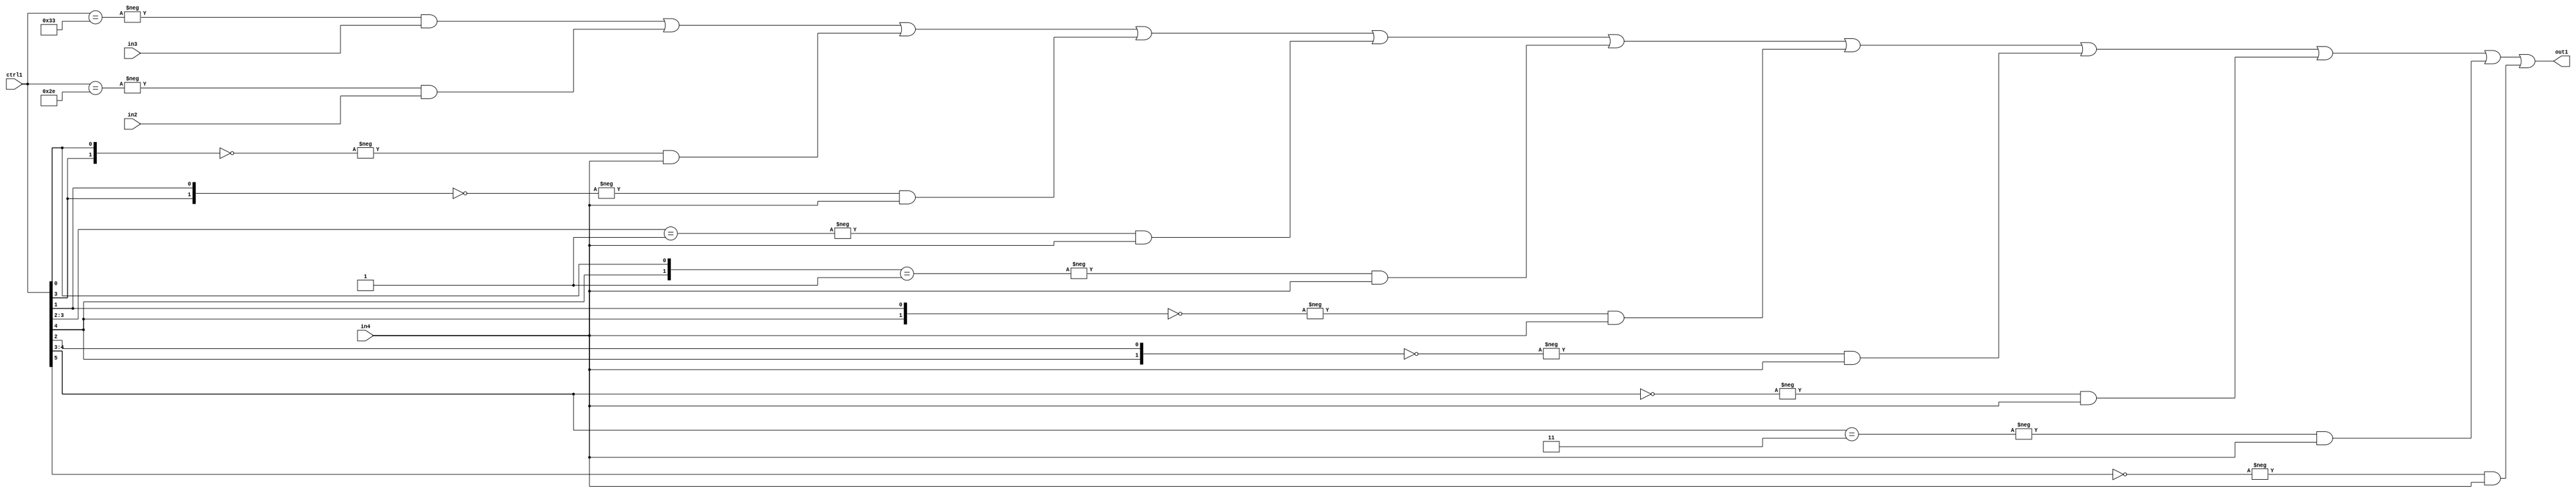
`timescale 1ps / 1ps
/*****************************************************************************
    Verilog RTL Description
    
    
    Created by: Stratus DpOpt 21.05.01 
*******************************************************************************/

module SobelFilter_N_Mux_32_3_83_4 (
	in4,
	in3,
	in2,
	ctrl1,
	out1
	); /* architecture "behavioural" */ 
input [31:0] in4;
input [8:0] in3,
	in2;
input [5:0] ctrl1;
output [31:0] out1;
wire [31:0] asc001;

assign asc001 = 
	-{ctrl1 == 6'B110011} & in3 |
	-{ctrl1 == 6'B101110} & in2 |
	-{{ctrl1[3], ctrl1[0]} == 2'B00} & in4 |
	-{{ctrl1[3], ctrl1[1]} == 2'B00} & in4 |
	-{ctrl1[3:2] == 2'B01} & in4 |
	-{{ctrl1[4], ctrl1[0]} == 2'B01} & in4 |
	-{{ctrl1[4], ctrl1[1]} == 2'B00} & in4 |
	-{{ctrl1[4], ctrl1[2]} == 2'B00} & in4 |
	-{ctrl1[4:3] == 2'B00} & in4 |
	-{ctrl1[4:3] == 2'B11} & in4 |
	-{ctrl1[5] == 1'B0} & in4 ;

assign out1 = asc001;
endmodule

/* CADENCE  vbTyQgA= : u9/ySxbfrwZIxEzHVQQV8Q== ** DO NOT EDIT THIS LINE ******/